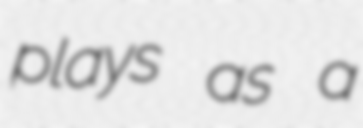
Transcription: plays as a